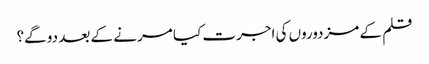
قلم کے مزدوروں کی اجرت کیا مرنے کے بعد دو گے؟